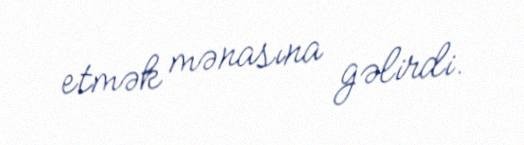
etmək mənasına gəlirdi.